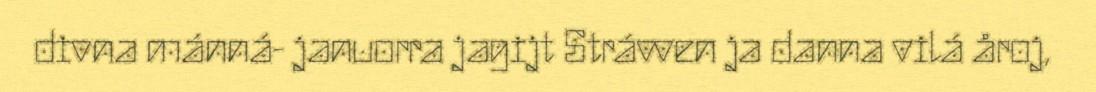
divna mánná- januorra jagijt Strávven ja danna vilá åroj,